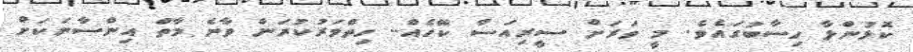
ކޮޅުންލާ ހިސާބުގައެވެ. މީ ވަރަށް ސީރިއަސް ކޭހެއް.. ހިތްވަރުކުރަން ވާނެ މާތް އިންސާނަކަށް